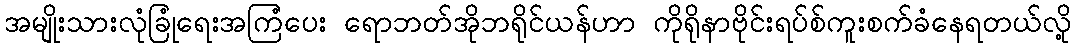
အမျိုးသားလုံခြုံရေးအကြံပေး ရောဘတ်အိုဘရိုင်ယန်ဟာ ကိုရိုနာဗိုင်းရပ်စ်ကူးစက်ခံနေရတယ်လို့